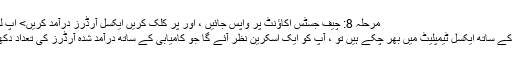
مرحلہ 8: چیف جسٹس اکاؤنٹ پر واپس جائیں ، اور پر کلک کریں ایکسل آرڈرز درآمد کریں> اپ لوڈ> تصدیق پر کلک کریں
مرحلہ 9: اگر آپ کامیابی کے ساتھ ایکسل ٹیمپلیٹ میں بھر چکے ہیں تو ، آپ کو ایک اسکرین نظر آئے گا جو کامیابی کے ساتھ درآمد شدہ آرڈرز کی تعداد دکھا کر پوپ اپ ہو جائے گا۔